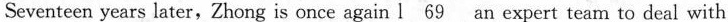
Seventeen years later,Zhong is once again \underline{l 69} an expert team to deal with